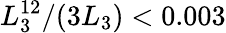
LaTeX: L_{3}^{12}/(3L_{3})<0.003